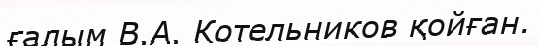
ғалым В.А. Котельников қойған.